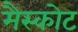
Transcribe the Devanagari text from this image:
मैस्कोट